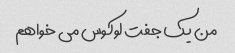
من یک جفت لوکوس می خواهم